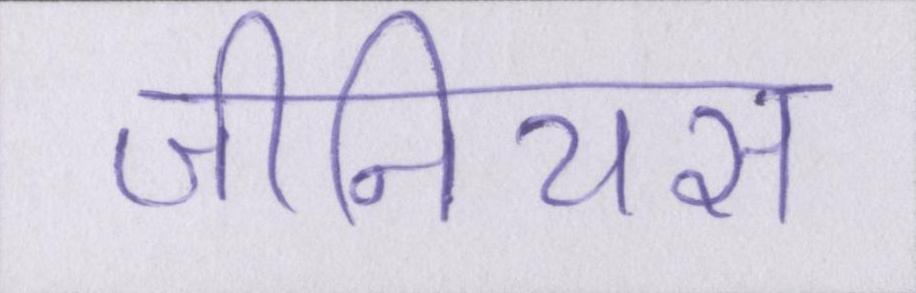
जीनियस